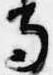
寺